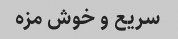
سریع و خوش مزه